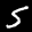
Label: 5